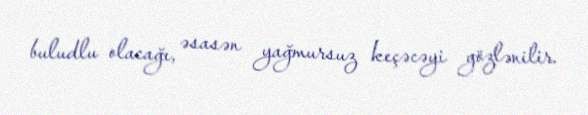
buludlu olacağı, əsasən yağmursuz keçəcəyi gözlənilir.